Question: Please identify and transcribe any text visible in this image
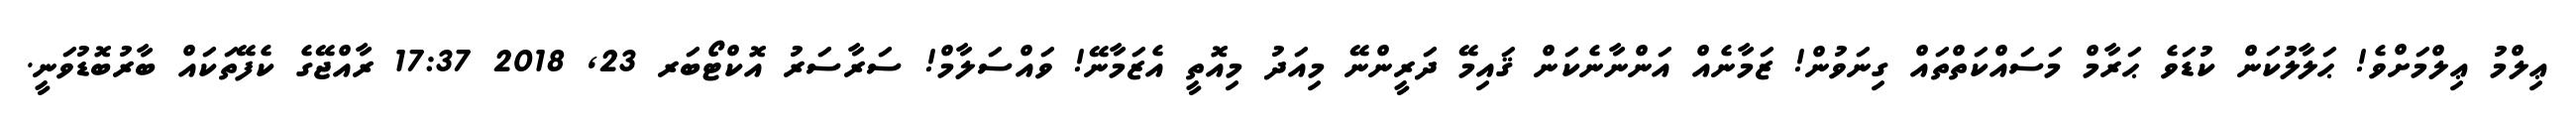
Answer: ޢިލްމު ޢިލްމަށްވެ! ޙަލާލުކަން ކުޑަވެ ޙަރާމް މަސައްކަތްތައް ގިނަވުން! ޒަމާނެއް އަންނާނެކަން ޤައިމޭ ދަރީންނޭ މިއަދު މިއޮތީ އެޒަމާނޭ! ވައްސަލާމް! ސަރާސަރު އޮކްޓޯބަރ 23, 2018 17:37 ރާއްޖޭގެ ކެފޭތަކައް ބާރުބޮޑުވަނީ.